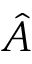
\hat { A }